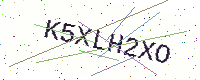
Text: K5XLH2XO